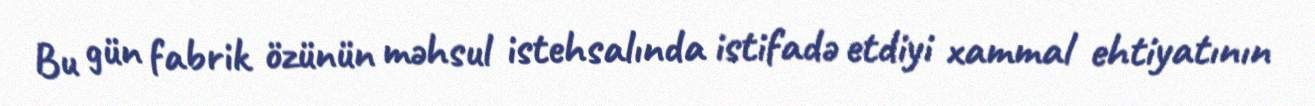
Bu gün fabrik özünün məhsul istehsalında istifadə etdiyi xammal ehtiyatının